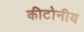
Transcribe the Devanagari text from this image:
कीटोनीय